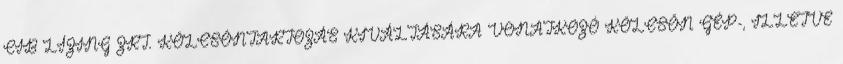
CIB LÍZING ZRT. KÖLCSÖNTARTOZÁS KIVÁLTÁSÁRA VONATKOZÓ KÖLCSÖN GÉP-, ILLETVE